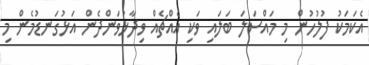
އެކަމަކު ފުލުހުން މި މައްސަލަ ބަލައި ވަކި އެއްޗެއް ވިދާޅުވަންދެން އަޅުގަނޑުމެން މި